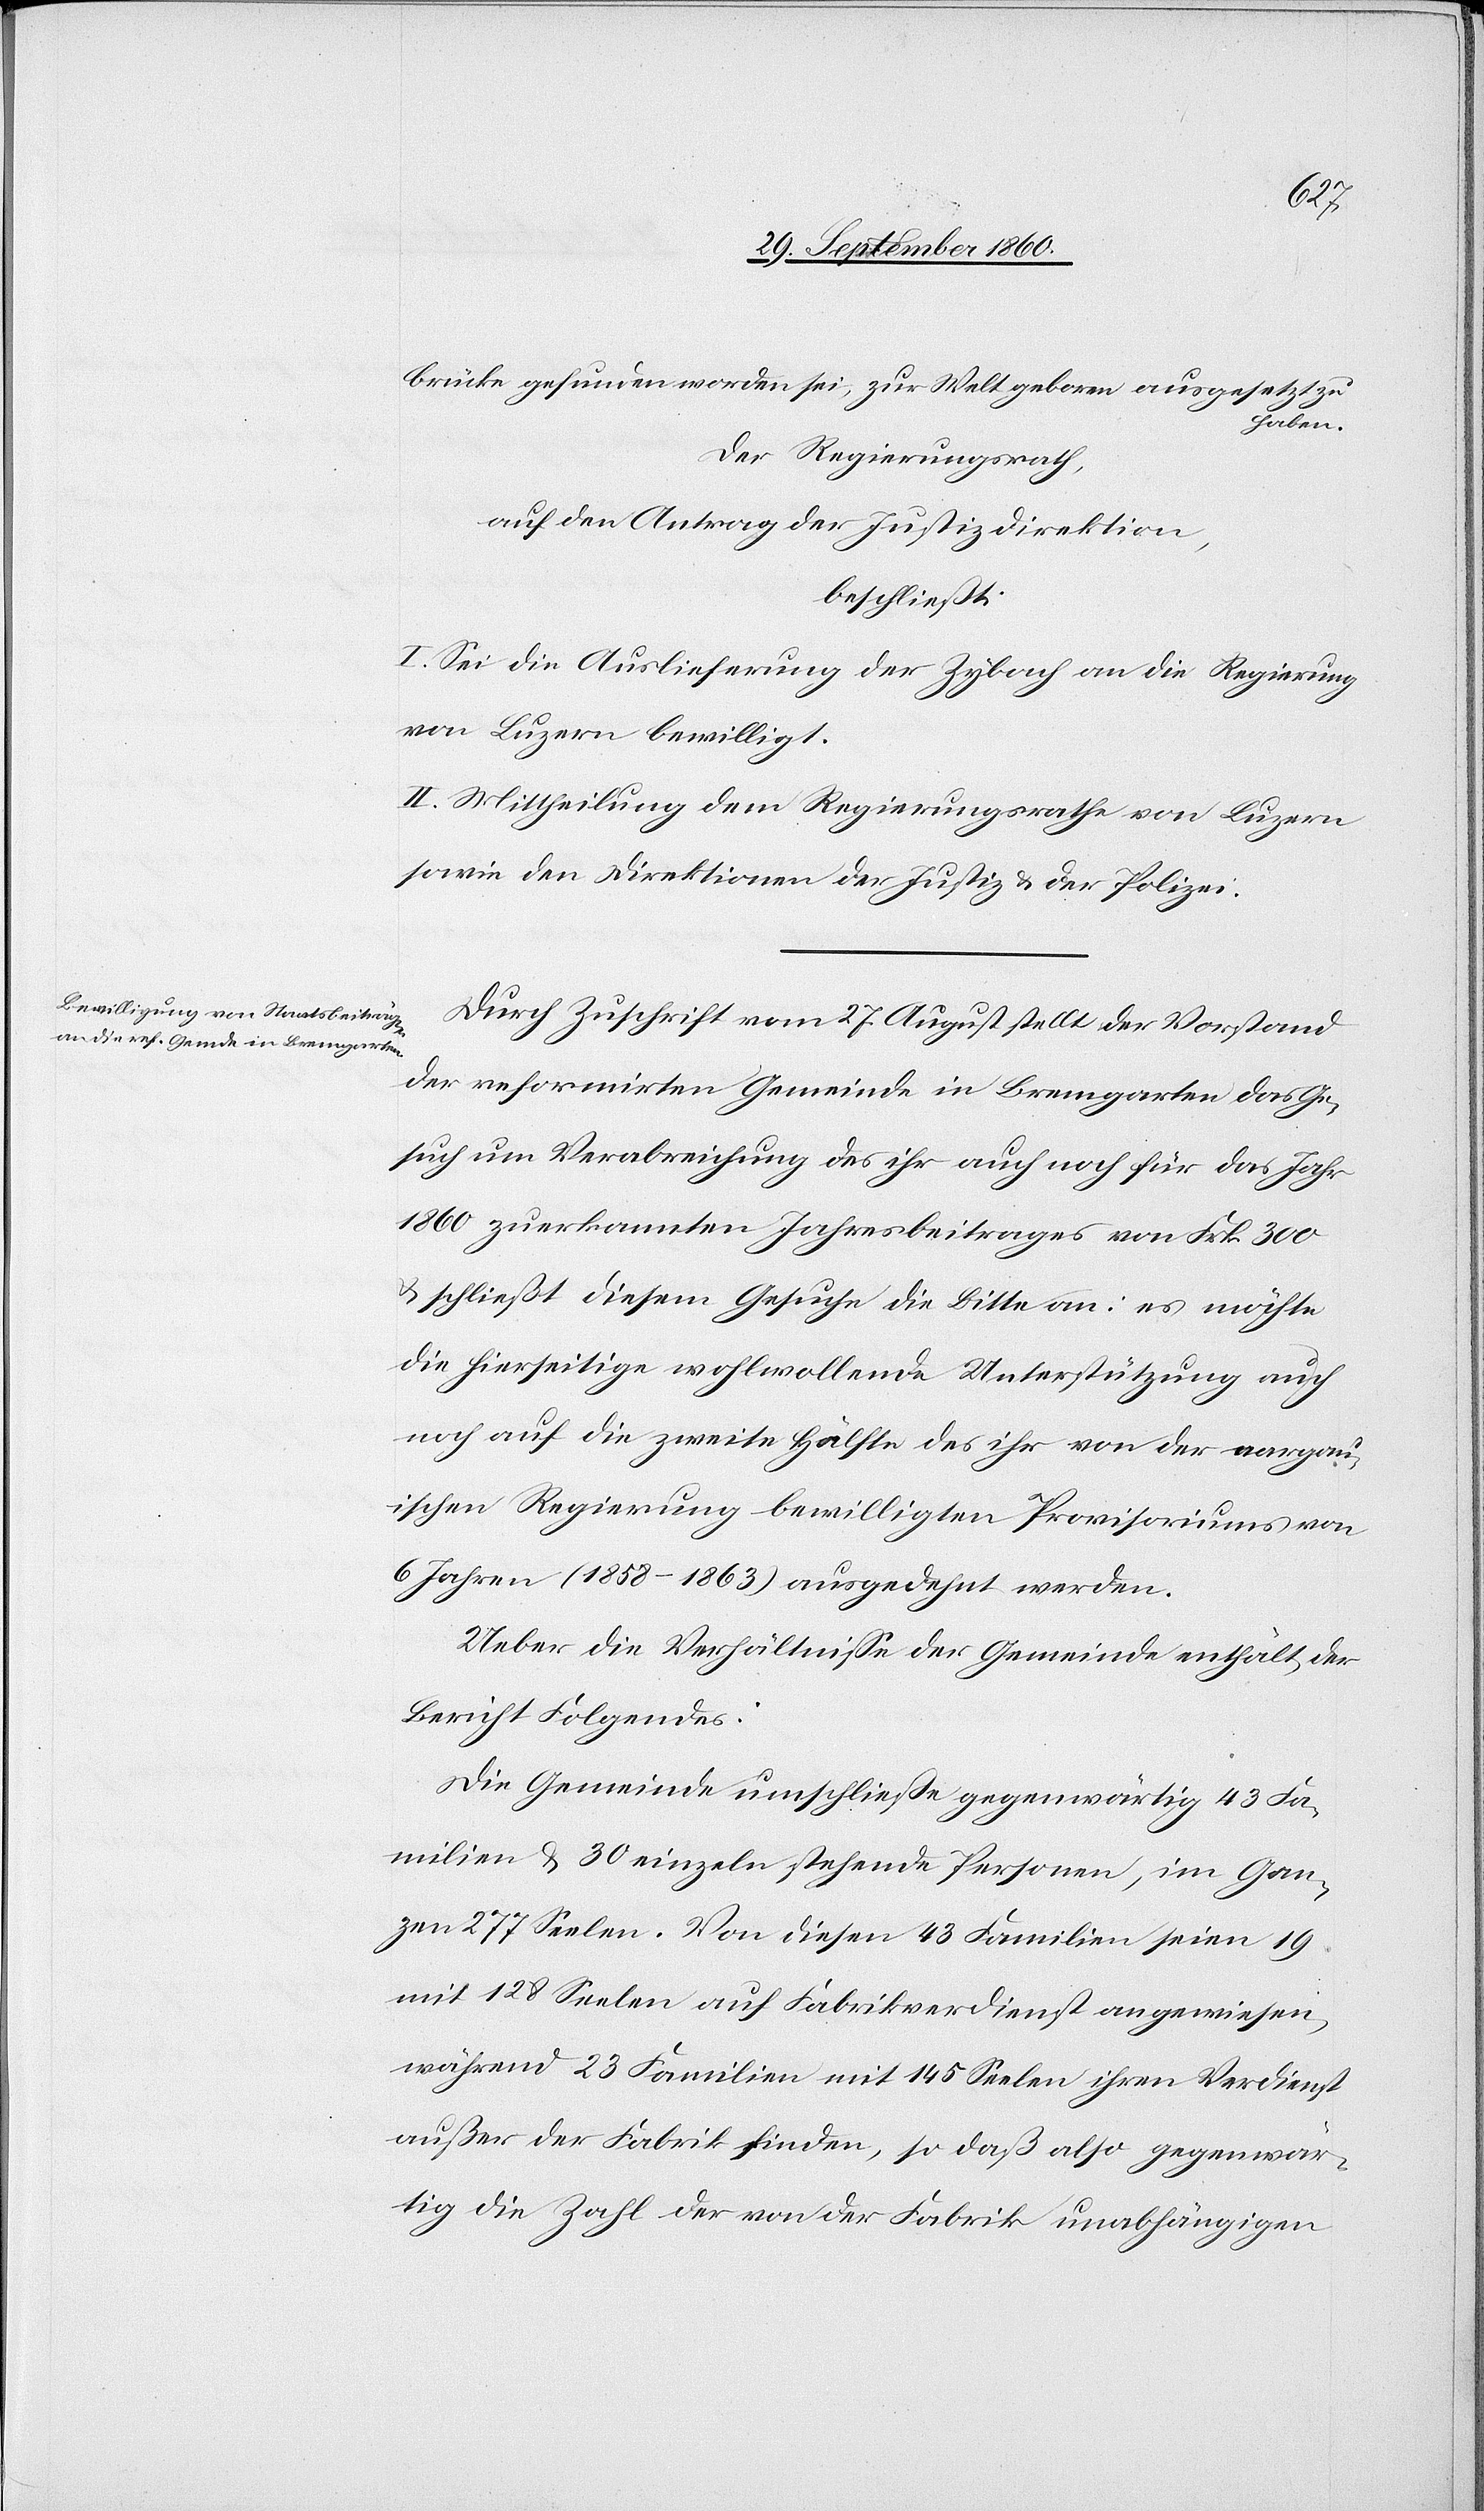
brücke gefunden worden sei, zur Welt geboren ausgesetzt zu
haben.
Der Regierungsrath,
auf den Antrag der Justizdirektion,
beschließt:
I. Sei die Auslieferung der Zybach an die Regierung
von Luzern bewilligt.
II. Mitheilung dem Regierungsrathe von Luzern
sowie den Direktionen der Justiz & der Polizei.
Durch Zuschrift vom 27. August stellt der Vorstand
der reformirten Gemeinde in Bremgarten das Ge¬
such um Verabreichung des ihr auch noch für das Jahr
1860 zuerkannten Jahresbeitrages von Frk. 300
& schließt diesem Gesuche die Bitte an: es möchte
die hierseitige wohlwollende Unterstützung auch
noch auf die zweite Hälfte des ihr von der aargau¬
ischen Regierung bewilligten Provisoriums von
6 Jahren (1858–1863) ausgedehnt werden.
Ueber die Verhältnisse der Gemeinde enthält der
Bericht Folgendes:
Die Gemeinde umschließe gegenwärtig 43 Fa¬
milien & 30 einzeln stehende Personen, im Gan¬
zen 277 Seelen. Von diesen 43 Familien seien 19
mit 128 Seelen auf Fabrikverdienst angewiesen,
während 23 Familien mit 145 Seelen ihren Verdienst
außer der Fabrik finden, so daß also gegenwär¬
tig die Zahl der von der Fabrik unabhängigen